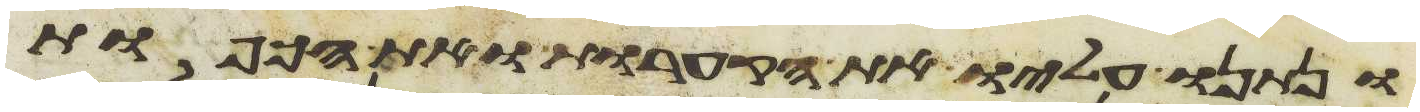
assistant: ונתנו עליו את הקערות ואת הכפות